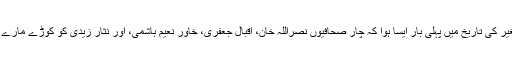
برصغیر کی تاریخ میں پہلی بار ایسا ہوا کہ چار صحافیوں نصراللہ خان، اقبال جعفری، خاور نعیم ہاشمی، اور نثار زیدی کو کوڑے مارے گئے۔